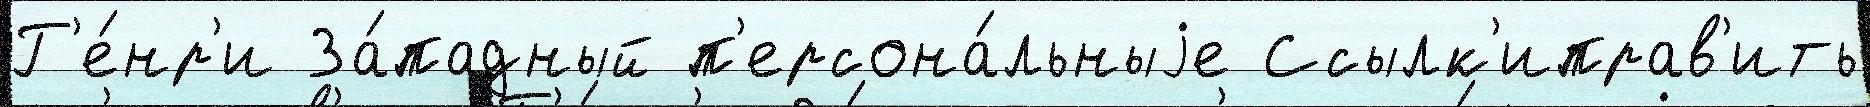
Г'е́нр'и За́падный п'ерсона́льныjе Ссылк'иправ'ить